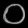
Digit: ၀